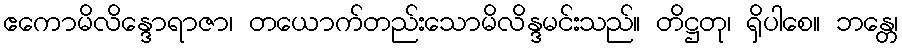
ဧကောမိလိန္ဒောရာဇာ၊ တယောက်တည်းသောမိလိန္ဒမင်းသည်။ တိဋ္ဌတု၊ ရှိပါစေ။ ဘန္တေ၊